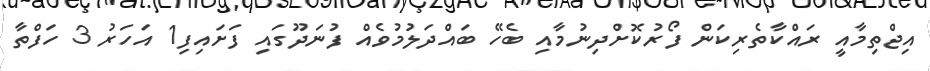
އިޖްތިމާއީ ރައްކާތެރިކަން ފޯރުކޮށްދިނުމާއި ބެހޭ ބައްދަލުމުވެއް ފުނަދޫގައި ފަށައިފި1 އަހަރު 3 ހަފްތާ